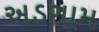
અડગામ